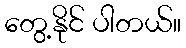
တွေ့နိုင် ပါတယ်။